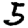
Digit: 5